Vaccination in the Punjab 1905-1918 - 1905-1918
Year: 1905
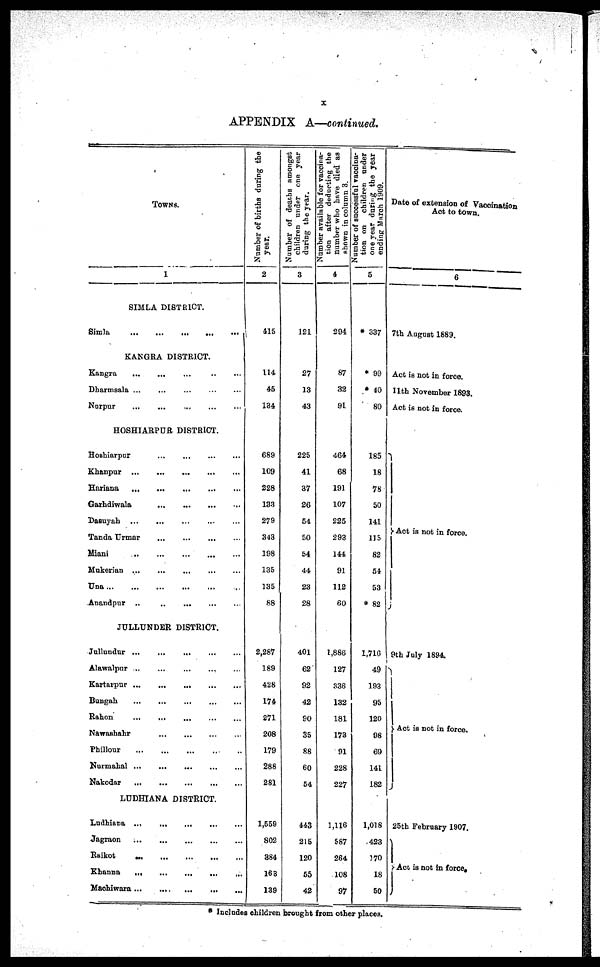
x
APPENDIX A—continued.
TOWNS.
1
SIMLA DISTRICT.
Simla
... ... ... ... ...
KANGRA DISTRICT.
Kangra
...
... ... ... ...
Dharmsala... .... ... ... ...
Nurpur
...
...
... ... ...
HOSHIARPUR DISTRICT.
Hoshiarpur
...
... ... ... ...
Khanpur
...
...
...
...
...
Hariana
...
...
...
...
...
Garhdiwala
... ... ... ...
Dasuyah
...
...
...
...
...
Tanda Urmar
... ... ... ...
Miani
... ... ... ... ...
Mukerian ... ... ... ... ...
Una... ... ... ... ... .
Anandpur
...
...
...
...
...
JULLUNDER DISTRICT.
Jullundur ...
...
...
... ...
Alawalpur ...
...
... ... ...
Kartarpur... ... ... ... ...
Bungah
... ... ... ... ...
Rahon
... ... ... ... ...
Nawashahr
... ... ... ...
Phillour
... ... ... ... ...
Nurmahal... ... ... ... ...
Nakodar
... ... ... ... ...
LUDHIANA DISTRICT.
Ludhiana ...
... ... ... ...
Jagraon
...
...
...
...
...
Raikot
... ... ... ... ...
Khanna
.... ... ... ... ...
Machiwara... ... ... ... ...
Number of births during the
year.
2
415
114
45
134
689
109
228
133
279
343
198
135
135
88
2,287
189
428
174
271
208
179
288
281
1,559
802
384
163
139
Number of deaths amongst
children under one year
during the year.
3
121
27
13
43
225
41
37
26
54
50
54
44
23
28
401
62
92
42
90
35
88
60
54
443
215
120
55
42
N
umber available for vaccina-
tion after deducting the
number who have died as
shown in column 3.
4
294
87
32
91
464
68
191
107
225
293
144
91
112
60
1,886
127
336
132
181
173
91
228
227
1,116
587
264
108
97
N
umber of successful vaccina-
tion on children under
one year during the year
ending March 1909.
5
* 337
* 99
* 40
80
185
18
78
50
141
115
82
54
53
* 82
1,716
49
193
95
120
98
69
141
182
1,018
423
170
18
50
Date of extension of Vaccination
Act to town.
6
7th August 1889.
Act is not in force.
11th November 1893.
Act is not in force.
Act is not in force.
9th July 1894.
Act is not in force.
25th February 1907.
Act is not in force.
* Includes children brought from other places.